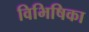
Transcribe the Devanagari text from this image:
विभिषिका